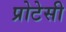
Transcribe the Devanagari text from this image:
प्रोटेसी